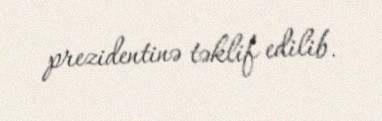
prezidentinə təklif edilib.